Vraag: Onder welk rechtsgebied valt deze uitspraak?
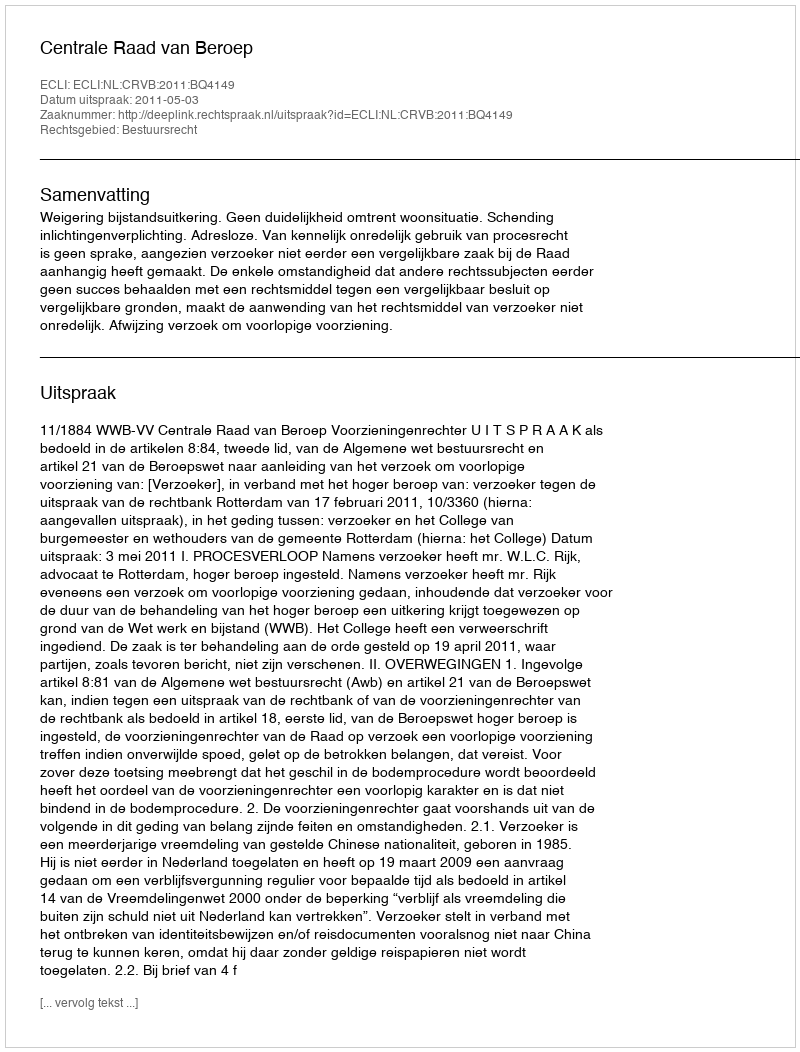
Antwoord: Bestuursrecht